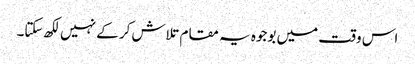
اس وقت میں بوجوہ یہ مقام تلاش کر کے نہیں لکھ سکتا۔